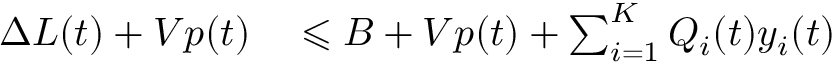
\begin{array} { r l } { \Delta L ( t ) + V p ( t ) } & { { } \leqslant B + V p ( t ) + \sum _ { i = 1 } ^ { K } Q _ { i } ( t ) y _ { i } ( t ) } \end{array}